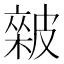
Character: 𥀏